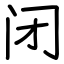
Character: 闭